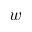
w